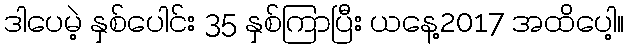
ဒါပေမဲ့ နှစ်ပေါင်း 35 နှစ်ကြာပြီး ယနေ့2017 အထိပေါ့။